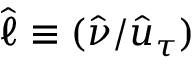
\widehat { \ell } \equiv ( \widehat { \nu } / \widehat { u } _ { \tau } )